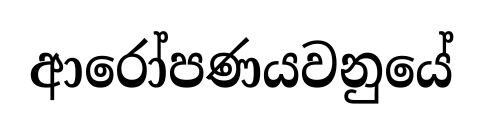
ආරෝපණයවනුයේ